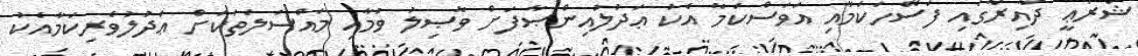
ޝަރުޢީ ދާއިރާގައި ފަސޭހަކަމާއި އަވަސްކަމާ އެކު ޢަދުލުއިންޞާފަށް ވާޞިލު ވުމާއި މައްސަލަތަކަށް ޢަދުލުވެރިކަމާއެކު